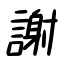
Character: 謝